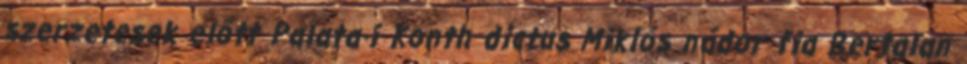
szerzetesek előtt Palata-i Konth dictus Miklós nádor fia Bertalan